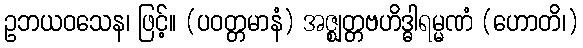
ဥဘယဝသေန၊ ဖြင့်။ (ပဝတ္တမာနံ) အဇ္ဈတ္တဗဟိဒ္ဓါရမ္မဏံ (ဟောတိ၊)